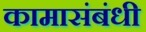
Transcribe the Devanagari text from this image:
कामासंबंधी